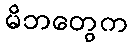
မိဘတွေက